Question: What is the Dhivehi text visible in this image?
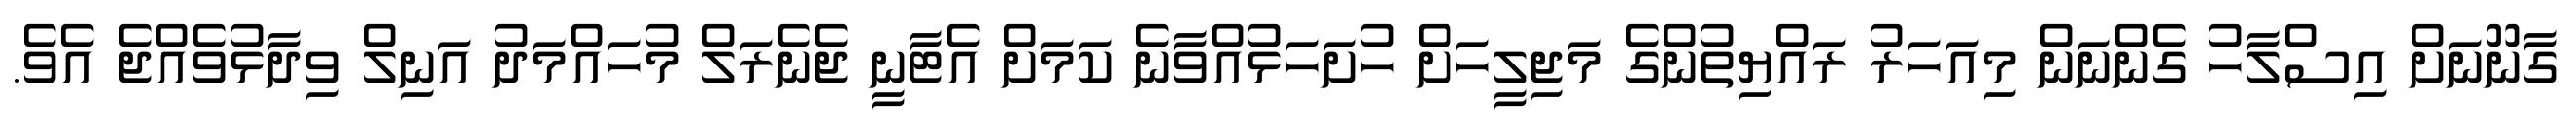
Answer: ގާނޫނަށް އިސްލާހު ގެންނަން މިއަހަރު ރައްޔިތުންގެ މަޖިލީހަށް ހުށަހަޅުއްވާނެ ކަމަށް އެޓާނީ ޖެނެރަލް މުހައްމަދު އަނިލް ވިދާޅުވެއްޖެ އެވެ.